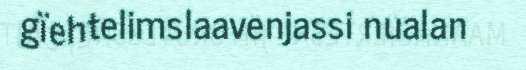
gïehtelimslaavenjassi nualan